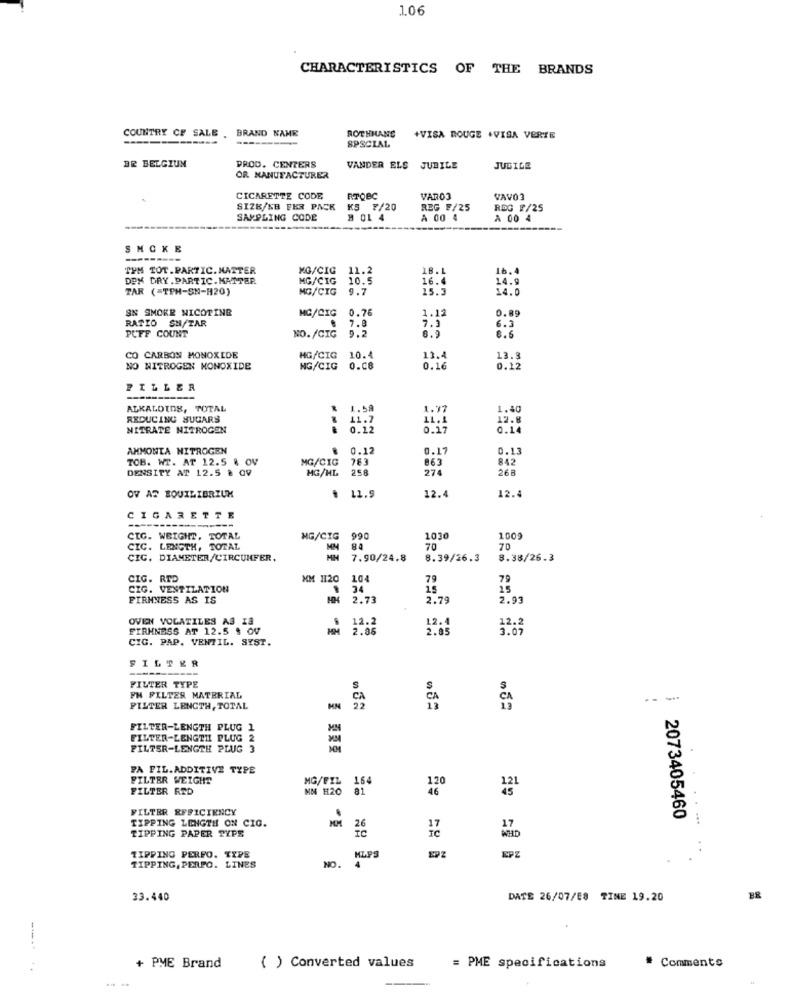
1.06
CHARACTERISTICS OF THE BRANDS
COUNTRY CF SALE . BRAND NAME
ROTHHANS
SPSCIAL
+VISA ROUGE +VISA VERTE
BR BELGIUM
PROD. CENTERS
VANDER ELS JUBILE
JUBILE
OR MANUFACTURER
CIGARETTE CODE
RTOBC
VARO3
VAVO3
SIZE/KB PER PACK KS ₹/20
REG F/25
RDG #/25
SAMPLING CODE
# 01 4
A 00 4
A 00 4
SMOKE
-------
TYM TOT.PARTIC. MATTER
MG/CIG
18.1
DEX DRY. PARTIC.MATTER
MG/CIG
10.5
16.4
TAR (=TPH-SN-H20)
MG/CIG
9.7
15.3
14.9
SN SMOKE NICOTINE
MG/CIC
0.76
1.12
0.89
RATIO SH/TAR
7.8
PUFF COUNT
7.3
6.3
NO./CIG
9.2
6.5
CO CARBON MONOXIDE
HG/CIG
10.4
13.4
13.8
NO NITROGEN MONOXIDE
NG/CIG
O.ce
0.16
0.12
PILLER
ALKALDIOR, TOTAL
1.77
1.40
REDUCING SUGARS
41.7
11.1
NITRATE NITROGEN
0.12
0.17
0.14
AMMONTA NITROGEN
0.12
0.17
0.13
TOB. WT. AT 12.5 & OV
MG/CIG
783
863
842
DENSITY AT 12.5 @ 09
MG/HL
258
274
268
OV AS BQUILIBRIUM
12.
12.
CIGARETTE
-------
CIG. WEIGHT, TOTAL
MG/CIG
990
1030
1009
CIC. LENGTH, TOTAL
84
70
70
CIC. DIAMETER/CIRCUMFER.
7.90/24.8
8.39/26.3
8.38/26.3
CIG. RTD
XM 1120
10
79
CIG. VENTILATION
34
FIRMNESS AS IS
2.73
2.79
2.93
OVEN VOLATILES AS IS
12.2
12.4
FIRMNESS AT 12.5 $ OV
2.06
2.85
3.0
12.2
CIG. PAP. VENTIL. SYST.
FILTER
FILTER TYPE
S
FH FILTER MATERIAL
---
FILTER LENGTH, TOTAL
HN
FILTER-LENGTH PLUG 1
FILTER-LENGTHL PLUG 2
FILTER-LENGTH PLUG
PA FIL.ADDITIVE TYPE
FILTER WEIGHT
MG/FIL
164
FILTER RID
MN H20 81
121
FILTER EFFICIENCY
TIPPING LENGTH ON CIG.
2073405460
TIPPING PAPER TYPE
MLPS
TIPPING PERFO. TYPE
4
EPZ
TIPPING, PERPO. LINES
NO.
33.440
DATE 26/07/E8 TINE 19.20
BR
-----
+ PME Brand
( ) Converted values
= PME specifications
* Comments